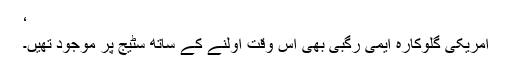
‘
امریکی گلوکارہ ایمی رِگبی بھی اُس وقت اولنے کے ساتھ سٹیج پر موجود تھیں۔